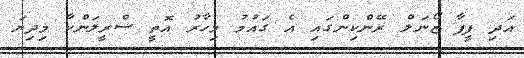
އަދި ފީފާ ޒޯނަލް ރޭންކިންގައި އެ ގައުމު މިހާރު އޮތީ ސްރީލަންކާ މިދިޔަ